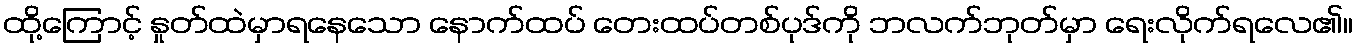
ထို့ကြောင့် နှုတ်ထဲမှာရနေသော နောက်ထပ် တေးထပ်တစ်ပုဒ်ကို ဘလက်ဘုတ်မှာ ရေးလိုက်ရလေ၏။